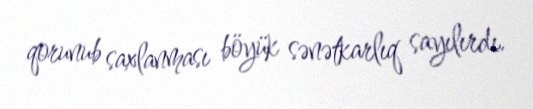
qorunub saxlanması böyük sənətkarlıq sayılırdı.